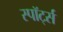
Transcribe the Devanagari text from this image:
स्पॉर्ट्स